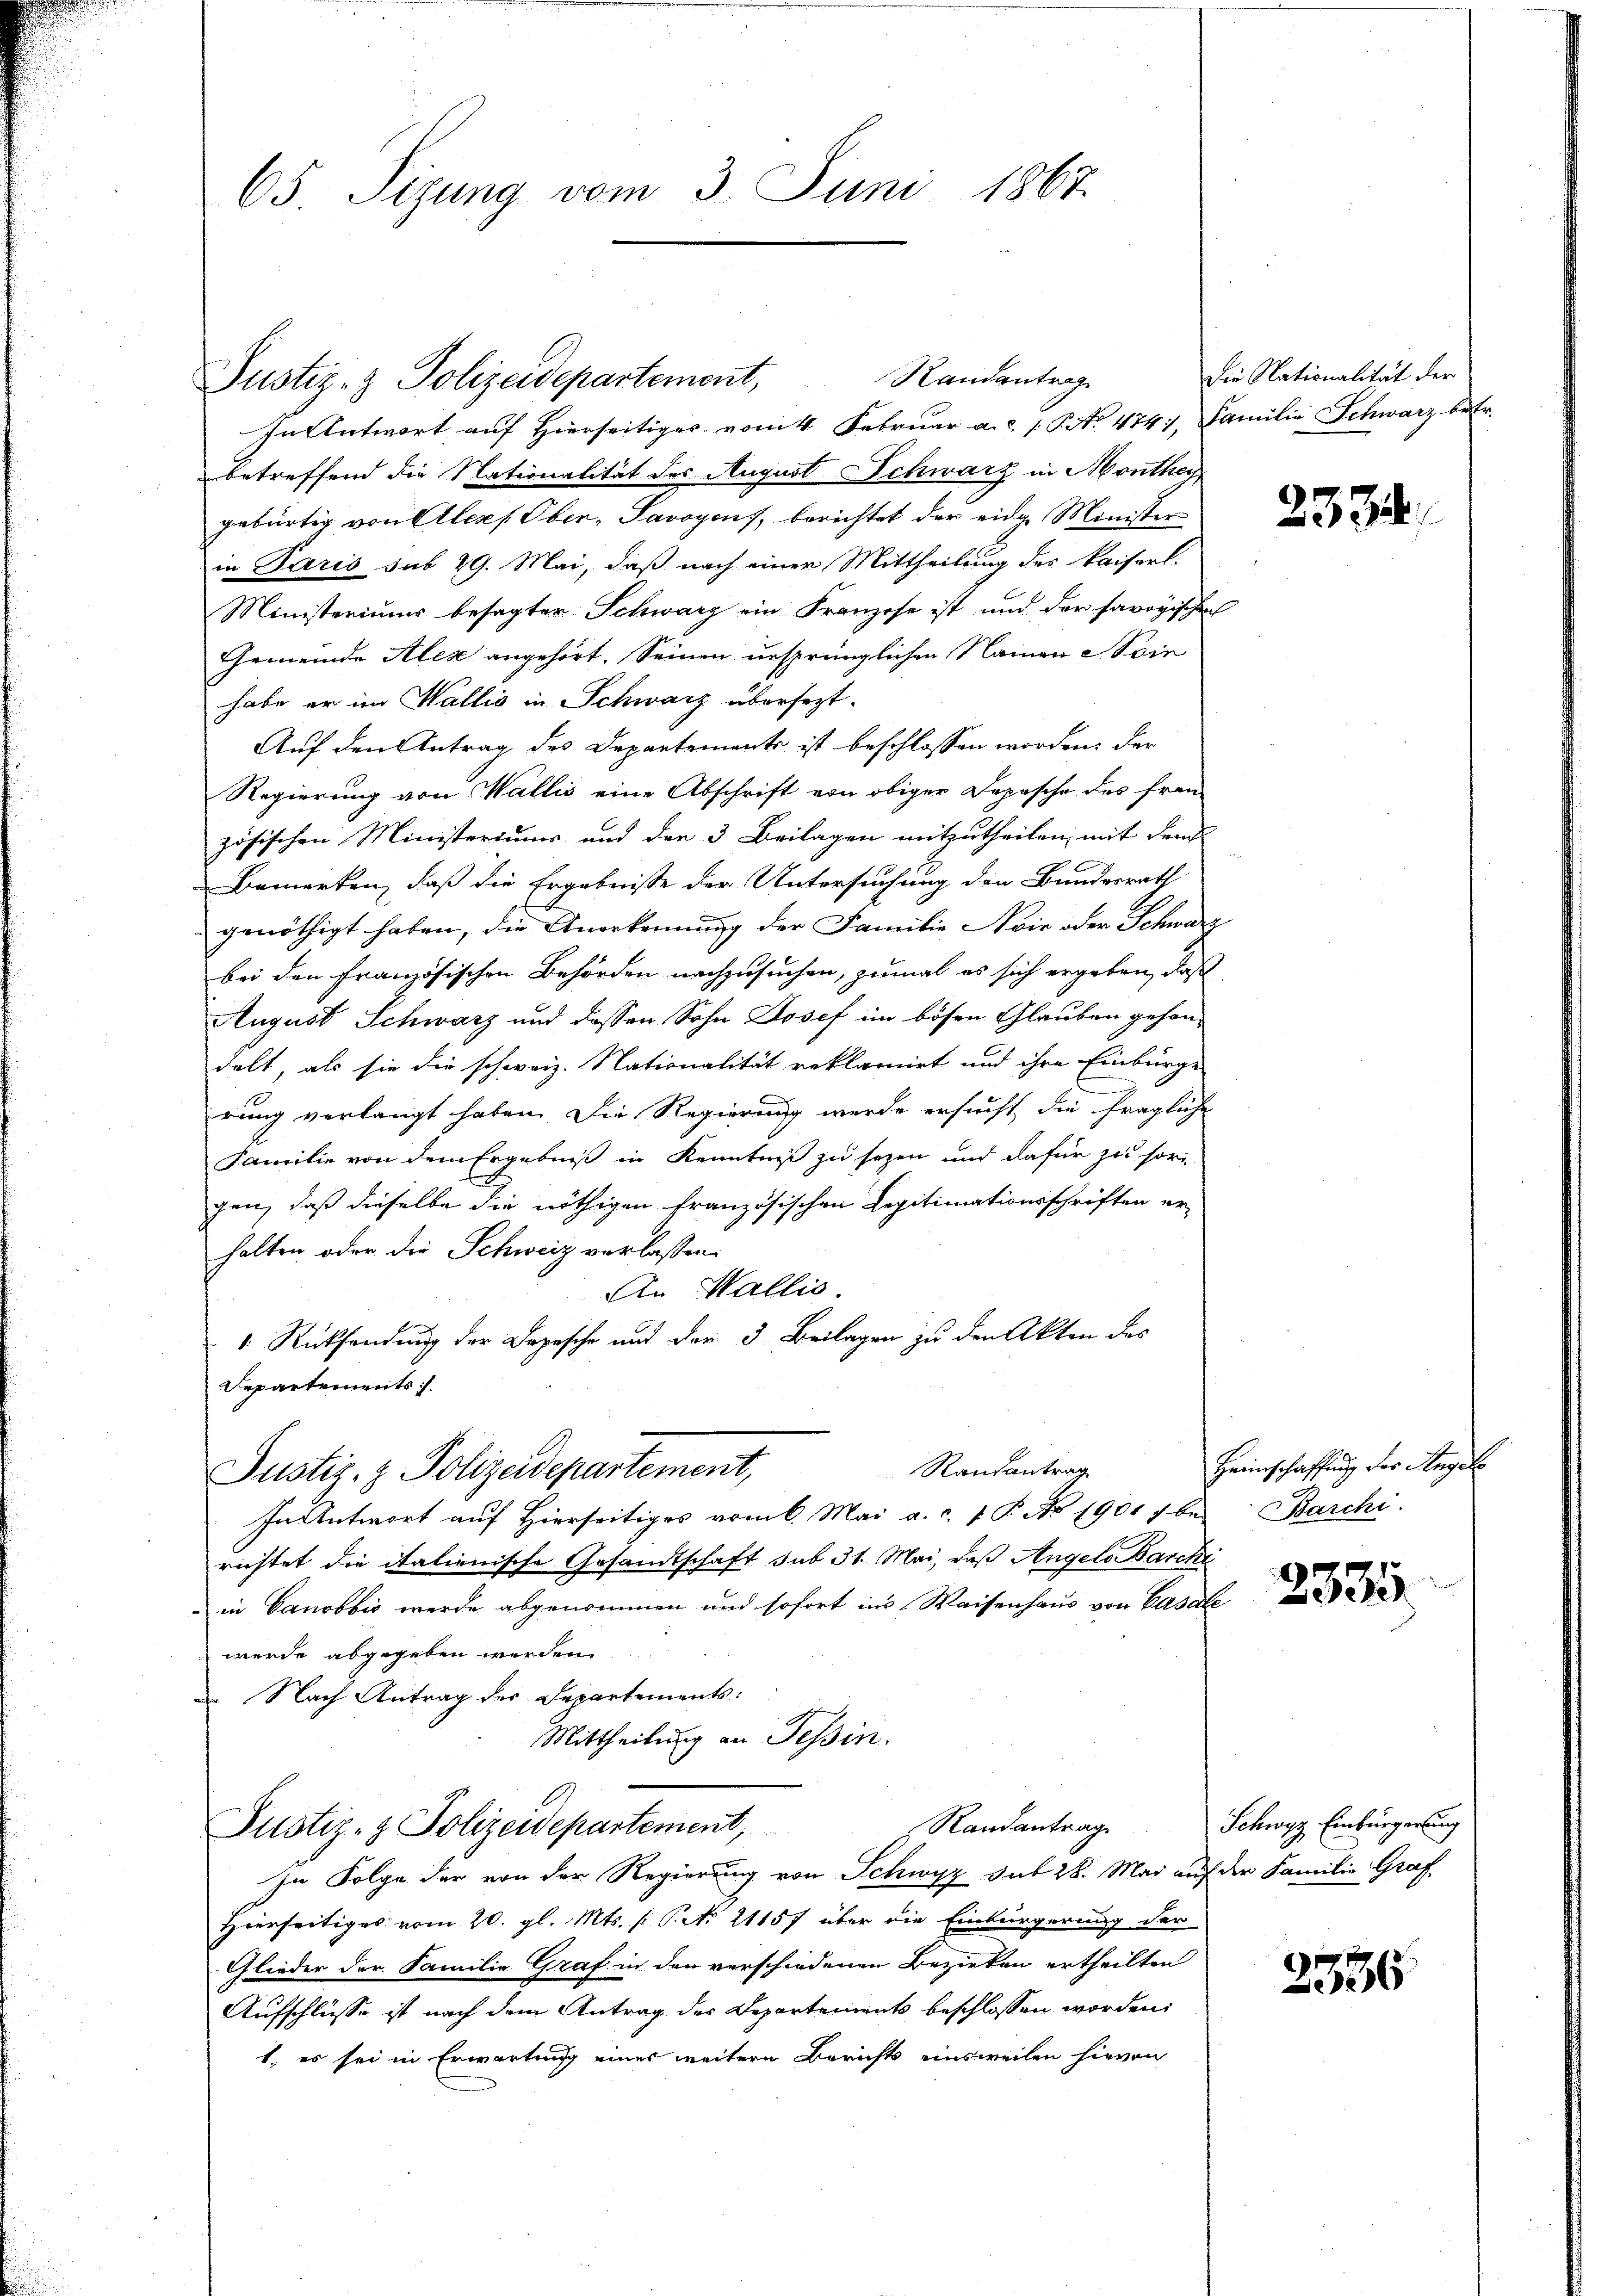
65 Sizung vom 3. Juni 1867.

Justiz- & Polizeidepartement,
In Antwort auf Hierseitiges vom 4. Februar a.c. No. 4741, Familie Schwarz betr.
betreffend die Nationalität des August Schwarz in Monthey
gebürtig von Alexs Ober- Savoyens, berichtet der eidge Minister
in Paris sub 29. Mai, daß nach einer Mittheilung des Kaiserl.
Ministeriums besagter Schwarz ein Franzose ist und der savoyischen
Gemeinde Alex angehört. Seinen unsprünglichen Namen ein
habe er im Wallis in Schwarz übersezt.
Auf den Antrag des Departements ist beschlossen worden. Der
Regierung von Wallis eine Abschrift von obiger Depesche des fran-
zösischen Ministeriums und der 3 Beilagen mitzutheilen, mit dem
Bemerken, daß die Ergebnisse der Untersuchung den Bundesrath
genöthigt haben, die Anerkennung der Familie Noie oder Schwarz
bei den französischen Behörden nachzusuchen, zumal es sich ergeben, daß
August Schwarz und dessen Sohn Josef im bösen Glauben gehondelt, als sie die schweiz. Nationalität reklamirt und ihre Einbürge
rung verlangt haben. Die Regierung werde ersucht die fragliche
Familie von dem Ergebniß in Kenntniß zu sezen und dafür zu sor
gen, daß dieselbe die nöthigen französischen Legitimationsschriften er-
halten oder die Schweiz verlassen.
An Wallis.
 Rücksendung der Depesche und der 3 Beilagen zu den Akten des
Departements.
Randantrag
Justiz- & Polizeidepartement,
In Antwort auf Hierseitiges vom 6. Mai a. c. f. P. No 1901 1 be Barchi
richtet die italienische Gesandtschaft sub 31. Mai, daß Angels Barcke
in Canobbić werde abgenommen und sofort ins Waisenhaus von Vasall
werde abgegeben werden.
 Nach Antrag der Departements:
Mittheilung an Tessin.
Randantrag
Justiz- & Polizeidepartement,
In Folge der von der Regierung von Schwyz sub 28. Mai auf der Familie Graf
Hierseitiges vom 20. gl. Mts. (: P. No. 21157 über die Einbürgerung der
Glieder der Familie Graf in den verschiedenen Bezirken ertheilten
Aufschlüsse ist nach dem Antrag des Departements beschlossen worden.
1. es sei in Erwartung eines weitern Berichts einsweilen hievon

Randantrag

Die Nationalität der

d

l

2334

Heimschaffung der Angele

2335

Schwyz Einbürgerung

2336